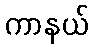
ကာနယ်